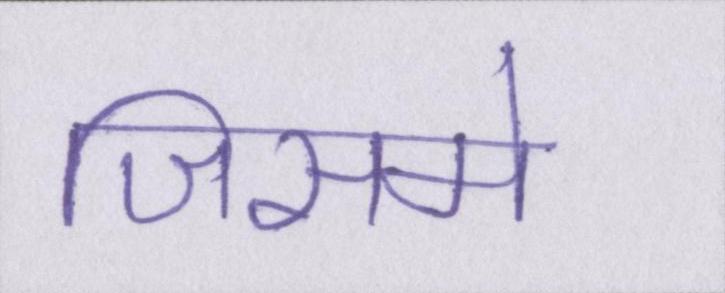
जिसमे